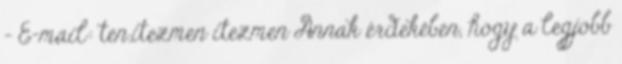
- E-mail: ten.itezmen itezmen Annak érdekében, hogy a legjobb